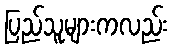
ပြည်သူများကလည်း